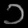
Digit: ၁